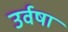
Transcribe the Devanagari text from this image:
उर्वषा